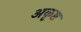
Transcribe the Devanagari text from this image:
अकृष्ट